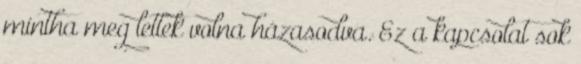
mintha meg lettek volna házasodva. Ez a kapcsolat sok